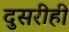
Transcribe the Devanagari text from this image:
दुसरीही